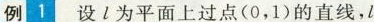
例1设l为平面上过点(0，1)的直线，l